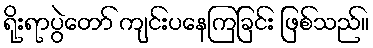
ရိုးရာပွဲတော် ကျင်းပနေကြခြင်း ဖြစ်သည်။